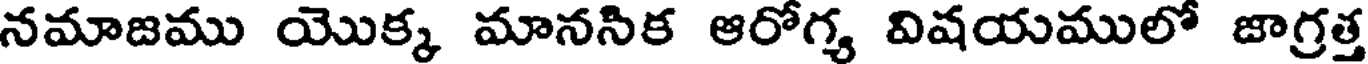
నమాజము యొక్క మానసిక ఆరోగ్య విషయములో జాగ్రత్త